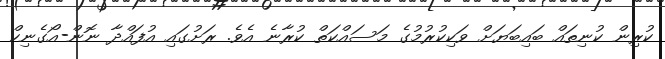
ކުރިން ކުނިތައް ބައިބަޔަށް ވަކިކުރުމުގެ މަސައްކަތް ކުރާނެ އެވެ. ރަށުގައި އުފައްދާ ނޮން-އޯގެނިކް